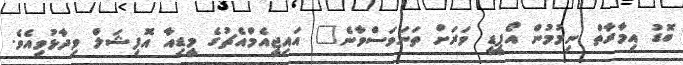
ބޮޑު އިމާރާތް ނިމުމުން އޯޕީޑީ ވަރަށް ތަނަވަސްވާނެ" އައިޖީއެމްއެޗުގެ މީޑިއާ އޮފިޝަލް ވިދާޅުވިއެވެ.